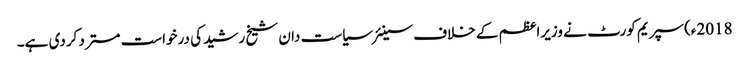
2018ء)سپریم کورٹ نے وزیراعظم کے خلاف سینئر سیاست دان شیخ رشید کی درخواست مسترد کردی ہے۔